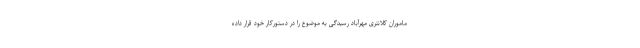
ماموران کلانتری مهرآباد رسیدگی به موضوع را در دستورکار خود قرار داده